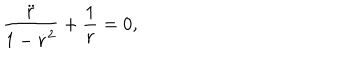
\frac { \ddot { r } } { 1 - \dot { r } ^ { 2 } } + \frac { 1 } { r } = 0 ,